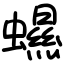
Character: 䗾